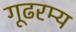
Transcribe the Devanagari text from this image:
गूढरम्य